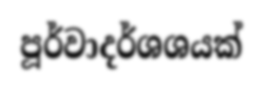
පූර්වාදර්ශශයක්